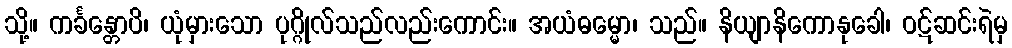
သို့။ ကင်္ခန္တောပိ၊ ယုံမှားသော ပုဂ္ဂိုလ်သည်လည်းကောင်း။ အယံဓမ္မော၊ သည်။ နိယျာနိကောနုခေါ၊ ဝဋ်ဆင်းရဲမှ